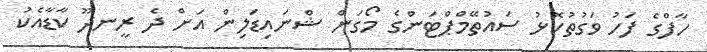
ހާފްގެ ފަހު ވަގުތުކޮޅު ސައުތޭމްޕްޓަންގެ މޯގަން ޝްނައިޑަލިން އަށް ދެ ރީނދޫ ކާޑާއެކު